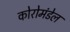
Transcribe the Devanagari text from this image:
कोरोमंडेल